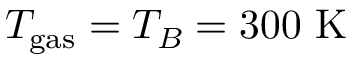
T _ { \mathrm { g a s } } = T _ { B } = 3 0 0 ~ \mathrm { K }